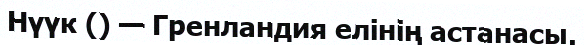
Нүүк () — Гренландия елінің астанасы.